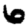
Digit: 6